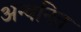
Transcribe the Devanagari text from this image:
अन्वनित